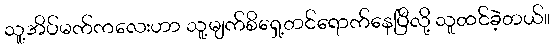
သူ့အိပ်မက်ကလေးဟာ သူ့မျက်စိရှေ့တင်ရောက်နေပြီလို့ သူထင်ခဲ့တယ်။